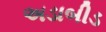
અડાબીડ